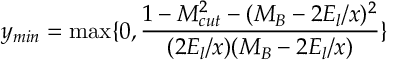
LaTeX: y _ { m i n } = \operatorname * { m a x } \{ 0 , \frac { 1 - M _ { c u t } ^ { 2 } - ( M _ { B } - 2 E _ { l } / x ) ^ { 2 } } { ( 2 E _ { l } / x ) ( M _ { B } - 2 E _ { l } / x ) } \}